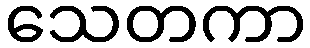
သေတကာ